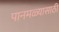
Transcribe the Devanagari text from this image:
पानमळ्यासाठी